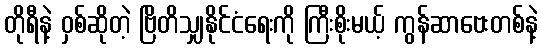
တိုရီနဲ့ ဝှစ်ဆိုတဲ့ ဗြိတိသျှနိုင်ငံရေးကို ကြီးစိုးမယ့် ကွန်ဆာဗေးတစ်နဲ့